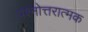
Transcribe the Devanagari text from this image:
प्रश्नोत्तरात्मक